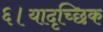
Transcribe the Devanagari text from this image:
६।यादृच्छिक